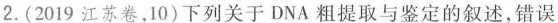
2.(2019江苏卷，10)下列关于DNA粗提取与鉴定的叙述，错误